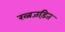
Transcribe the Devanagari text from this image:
रत्नजड़ित